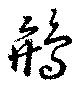
鴘